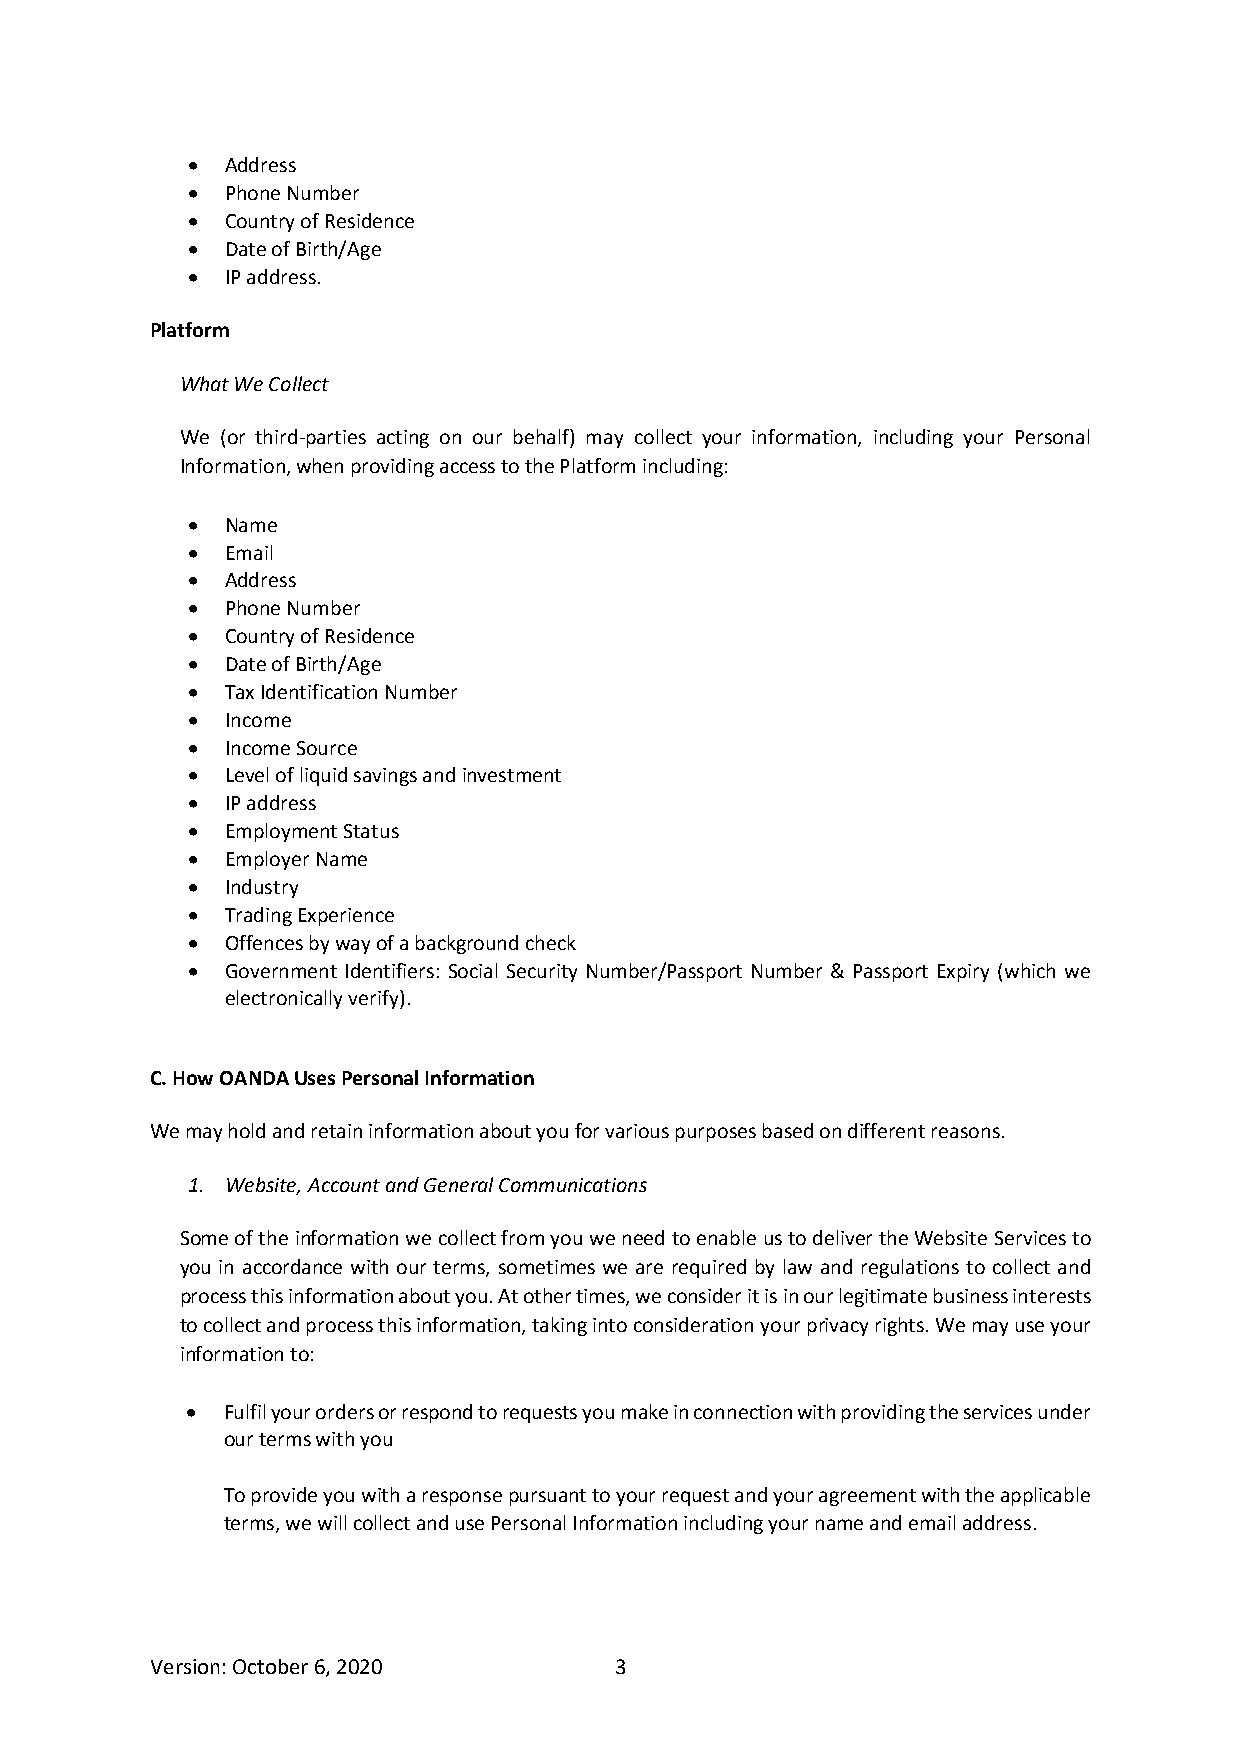
•  Address
 •  Phone Number
 •  Country of Residence
 •  Date of Birth/Age
 •  IP address.
 Platform
 What We Collect
 We (or third-parties acting on our behalf) may collect your information, including your Personal
 Information, when providing access to the Platform including:
 •  Name
 •  Email
 •  Address
 •  Phone Number
 •  Country of Residence
 •  Date of Birth/Age
 •  Tax Identification Number
 •  Income
 •  Income Source
 •  Level of liquid savings and investment
 •  IP address
 •  Employment Status
 •  Employer Name
 •  Industry
 •  Trading Experience
 •  Offences by way of a background check
 •  Government Identifiers: Social Security Number/Passport Number & Passport Expiry (which we
 electronically verify).
 C. How OANDA Uses Personal Information
 We may hold and retain information about you for various purposes based on different reasons.
 1. Website, Account and General Communications
 Some of the information we collect from you we need to enable us to deliver the Website Services to
 you in accordance with our terms, sometimes we are required by law and regulations to collect and
 process this information about you. At other times, we consider it is in our legitimate business interests
 to collect and process this information, taking into consideration your privacy rights. We may use your
 information to:
 •  Fulfil your orders or respond to requests you make in connection with providing the services under
 our terms with you
 To provide you with a response pursuant to your request and your agreement with the applicable
 terms, we will collect and use Personal Information including your name and email address.
 Version: October 6, 2020       3